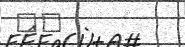
٩٩